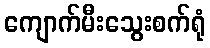
ကျောက်မီးသွေးစက်ရုံ